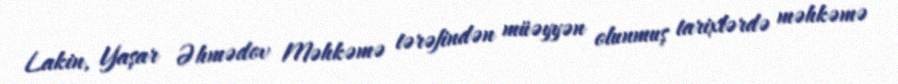
Lakin, Yaşar Əhmədov Məhkəmə tərəfindən müəyyən olunmuş tarixlərdə məhkəmə